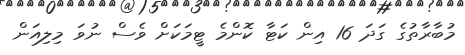
މުބާރާތުގެ ގަދަ 16 އިން ކަޓާ ކޮންމެ ޓީމަކަށް ވެސް ނުވަ މިލިއަން